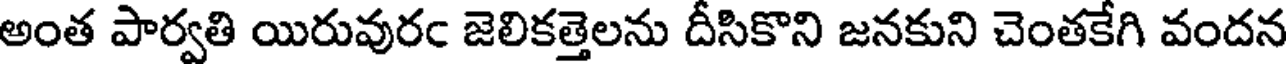
అంత పార్వతి యిరువురఁ జెలికత్తెలను దీసికొని జనకుని చెంతకేగి వందన